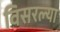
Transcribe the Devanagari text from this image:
विसरल्या